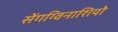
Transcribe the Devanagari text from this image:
सेंगग्विनाशियो